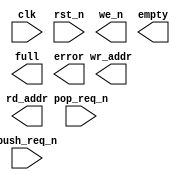
////////////////////////////////////////////////////////////////////////////////
//
//       This confidential and proprietary software may be used only
//     as authorized by a licensing agreement from Synopsys Inc.
//     In the event of publication, the following notice is applicable:
//
//                    (C) COPYRIGHT 1997 - 2018 SYNOPSYS INC.
//                           ALL RIGHTS RESERVED
//
//       The entire notice above must be reproduced on all authorized
//     copies.
//
//
// VERSION:   Verilog Simulation Model
//
// DesignWare_version: 7ad49a1e
// DesignWare_release: O-2018.06-DWBB_201806.3
//
////////////////////////////////////////////////////////////////////////////////
//-----------------------------------------------------------------------------------
//
// ABSTRACT:  Stack Controller
//           This LIFO's operation is based on Synchronous single-port ram
//   
//           depth : legal range is 2 to 2^24
//           err_mode : legal range is 0 to 1
//           rst_mode : legal range is 0 to 1
//   
//           push request (active low) : push_req_n
//           pop request (active low) : pop_req_n
//           reset (active low) : rst_n
//           flags (active high) : empty, full, error
//   
//   
// MODIFIED:
//   10/08/1998 Jay Zhu, STAR 59741
//   10/22/1999 Reto Zimmermann, rewrite (separating sequential and 
//              combinatorial code)
//   11/12/2001 RJK  Fixed lint error by converting int to vector
//              STAR #129582
//    3/08/2017 RJK  Corected port order to be consistent with synthesis
//   
//-------------------------------------------------------------------------------
//
module DW_stackctl (clk, rst_n, push_req_n, pop_req_n, 
		    we_n, empty, full, error, wr_addr, rd_addr);

  parameter integer depth = 8; 
  parameter integer err_mode = 0; 
  parameter integer rst_mode = 0;

  `define DW_addr_width ((depth>4096)? ((depth>262144)? ((depth>2097152)? ((depth>8388608)? 24 : ((depth> 4194304)? 23 : 22)) : ((depth>1048576)? 21 : ((depth>524288)? 20 : 19))) : ((depth>32768)? ((depth>131072)?  18 : ((depth>65536)? 17 : 16)) : ((depth>16384)? 15 : ((depth>8192)? 14 : 13)))) : ((depth>64)? ((depth>512)?  ((depth>2048)? 12 : ((depth>1024)? 11 : 10)) : ((depth>256)? 9 : ((depth>128)? 8 : 7))) : ((depth>8)? ((depth> 32)? 6 : ((depth>16)? 5 : 4)) : ((depth>4)? 3 : ((depth>2)? 2 : 1)))))

  input  clk, rst_n, push_req_n, pop_req_n;
  output we_n, full, empty, error;
  output [`DW_addr_width-1:0] wr_addr, rd_addr;

  wire   we_n, empty, full, error;

  reg    empty_int, full_int, error_int, next_error_int;
  wire   [`DW_addr_width-1:0] wr_addr, rd_addr;

  integer wr_addr_int, next_wr_addr_int;
  integer rd_addr_int, next_rd_addr_int;
  integer wrd_count, next_wrd_count;
 wire [31:0] rd_addr_vec, wr_addr_vec;
  
  // synopsys translate_off

 
  
 
  initial begin : parameter_check
    integer param_err_flg;

    param_err_flg = 0;
    
 
    
    if ( (err_mode < 0) || (err_mode > 1 ) ) begin
      param_err_flg = 1;
      $display(
	"ERROR: %m :\n  Invalid value (%d) for parameter err_mode (legal range: 0 to 1 )",
	err_mode );
    end
    
    if ( (rst_mode < 0) || (rst_mode > 1 ) ) begin
      param_err_flg = 1;
      $display(
	"ERROR: %m :\n  Invalid value (%d) for parameter rst_mode (legal range: 0 to 1 )",
	rst_mode );
    end
    
    if ( (depth < 2) || (depth > 1<<24 ) ) begin
      param_err_flg = 1;
      $display(
	"ERROR: %m :\n  Invalid value (%d) for parameter depth (legal range: 2 to 1<<24 )",
	depth );
    end

    wrd_count = -1;
    wr_addr_int = -1;
    rd_addr_int = -1;
    
  
    if ( param_err_flg == 1) begin
      $display(
        "%m :\n  Simulation aborted due to invalid parameter value(s)");
      $finish;
    end

  end // parameter_check 



  always @ (push_req_n or pop_req_n or full_int or empty_int or wrd_count)
  begin : mk_next_wrd_count

    if (push_req_n === 1'b0) 
      if (full_int === 1'b0)
	next_wrd_count = wrd_count + 1;
      else
	next_wrd_count = wrd_count;
        
    else if (push_req_n === 1'b1) 
      if (pop_req_n === 1'b0)
	if (empty_int === 1'b0)
	  next_wrd_count = wrd_count - 1;
	else
	  next_wrd_count = wrd_count;

      else if (pop_req_n === 1'b1)
	next_wrd_count = wrd_count;

      else
	next_wrd_count = -1;

    else
      next_wrd_count = -1;

  end // mk_next_wrd_count


  always @ (next_wrd_count)
  begin : mk_next_addr
    next_wr_addr_int = (next_wrd_count == -1)?   -1 :
  		       (next_wrd_count < depth)? next_wrd_count :
  			                         depth - 1; 
    next_rd_addr_int = (next_wrd_count == -1)?   -1 :
  		       (next_wrd_count > 0)?     next_wrd_count - 1 :
  			                         0;
  end

  
  always @ (push_req_n or pop_req_n or full_int or empty_int or 
	    next_wrd_count or error_int)
  begin : mk_next_error

    if ((err_mode < 1) && (error_int !== 1'b0))
      next_error_int = error_int;
    
    else if (((push_req_n === 1'b0) && (full_int === 1'b1)) ||
	     ((pop_req_n === 1'b0) && (push_req_n === 1'b1) && 
	      (empty_int === 1'b1)))
      next_error_int = 1'b1;

    else if (next_wrd_count >= 0)
      next_error_int = 1'b0;

    else
      next_error_int = 1'bx;
    
  end // mk_next_error


generate
  if (rst_mode == 0) begin : GEN_RM_EQ_0
    always @ (posedge clk or negedge rst_n)
    begin : ar_registers_PROC

      if (rst_n === 1'b0) begin
	wrd_count <= 0;
	wr_addr_int <= 0;
	rd_addr_int <= 0;
	error_int <= 1'b0;
      end

      else if (rst_n === 1'b1) begin
	wrd_count <= next_wrd_count;
	wr_addr_int <= next_wr_addr_int;
	rd_addr_int <= next_rd_addr_int;
	error_int <= next_error_int;
      end

      else begin
	wrd_count <= -1;
	wr_addr_int <= -1;
	rd_addr_int <= -1;
	error_int <= 1'bx;
      end
    end // ar_registers_PROC
  end else begin : GEN_RM_NE_0
    always @ (posedge clk)
    begin : sr_registers_PROC

      if (rst_n === 1'b0) begin
	wrd_count <= 0;
	wr_addr_int <= 0;
	rd_addr_int <= 0;
	error_int <= 1'b0;
      end

      else if (rst_n === 1'b1) begin
	wrd_count <= next_wrd_count;
	wr_addr_int <= next_wr_addr_int;
	rd_addr_int <= next_rd_addr_int;
	error_int <= next_error_int;
      end

      else begin
	wrd_count <= -1;
	wr_addr_int <= -1;
	rd_addr_int <= -1;
	error_int <= 1'bx;
      end
    end // sr_registers_PROC
  end
endgenerate

  always @ (wrd_count)
  begin : mk_flags

    if (wrd_count < 0) begin
      empty_int = 1'bx;
      full_int = 1'bx;
    end

    else begin
      if (wrd_count == 0)
	empty_int = 1'b1;
      else
	empty_int = 1'b0;
      
      if (wrd_count == depth)
	full_int = 1'b1;
      else
	full_int = 1'b0;
    end
    
  end // mk_flags


  assign wr_addr_vec = wr_addr_int;
  assign rd_addr_vec = rd_addr_int;
  assign wr_addr = (wr_addr_int < 0)? {`DW_addr_width{1'bx}} : wr_addr_vec[`DW_addr_width-1:0];
  assign rd_addr = (rd_addr_int < 0)? {`DW_addr_width{1'bx}} : rd_addr_vec[`DW_addr_width-1:0];

  assign we_n  = (push_req_n | full_int);
  assign empty = empty_int;
  assign full = full_int;
  assign error = error_int;


  
  always @ (clk) begin : clk_monitor 
    if ( (clk !== 1'b0) && (clk !== 1'b1) && ($time > 0) )
      $display( "WARNING: %m :\n  at time = %t, detected unknown value, %b, on clk input.",
                $time, clk );
    end // clk_monitor 

  // synopsys translate_on

`undef DW_addr_width
endmodule